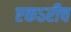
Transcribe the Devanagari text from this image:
एकऽरीच